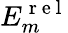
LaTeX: E_{m}^{\mathrm{~r~e~l~}}